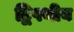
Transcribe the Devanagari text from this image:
द्विपथीय